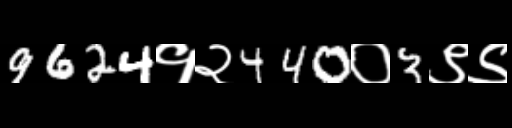
Text: 9624१२440०3९९